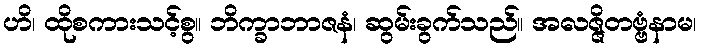
ဟိ၊ ထိုစကားသင့်စွ။ ဘိက္ခာဘာဇနံ၊ ဆွမ်းခွက်သည်။ အလဇ္ဇိတဗ္ဗံနာမ၊